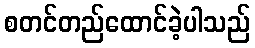
စတင်တည်ထောင်ခဲ့ပါသည်